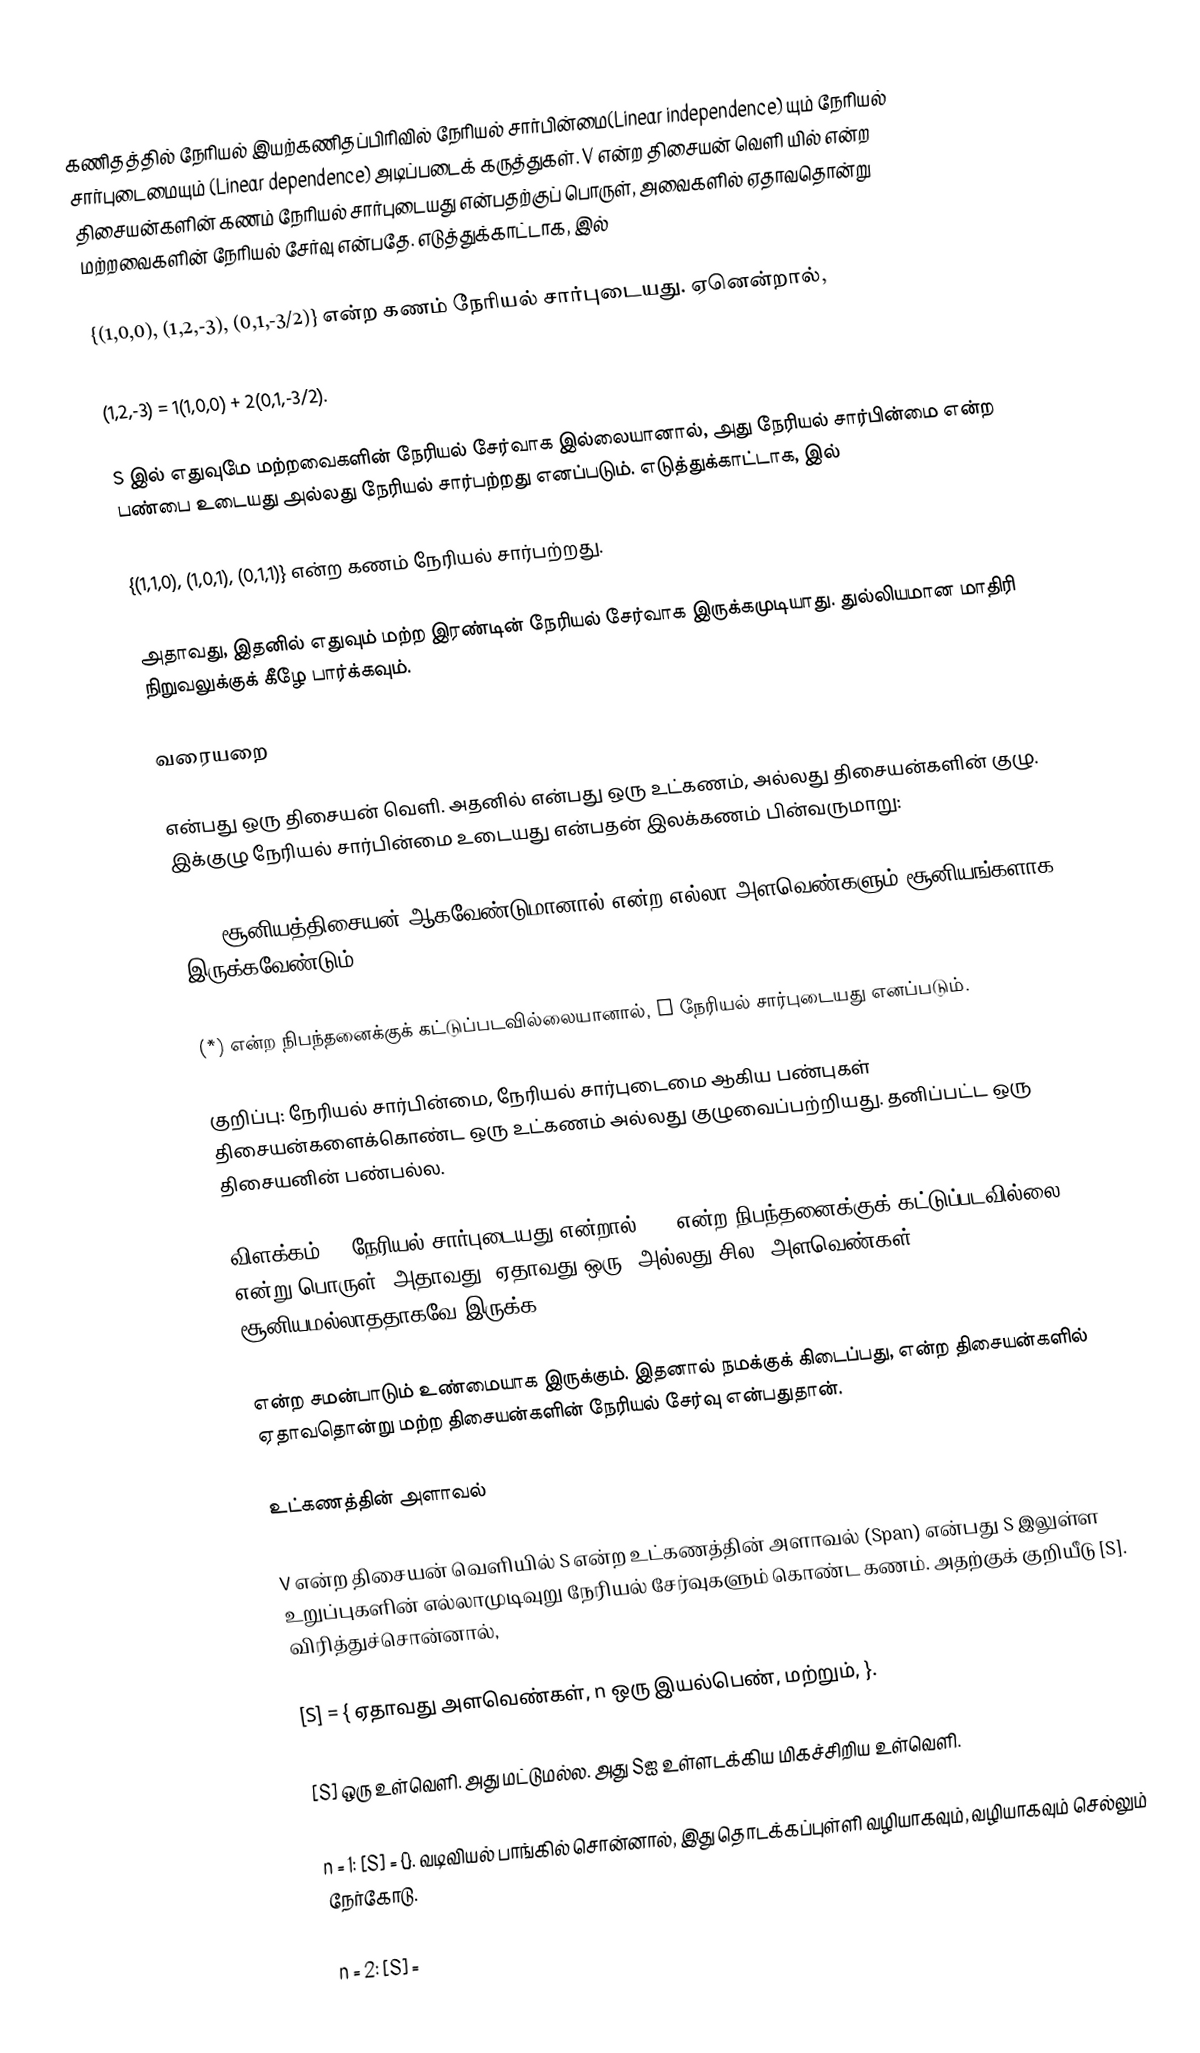
கணிதத்தில் நேரியல் இயற்கணிதப்பிரிவில் நேரியல் சார்பின்மை(Linear independence) யும் நேரியல் சார்புடைமையும் (Linear dependence) அடிப்படைக் கருத்துகள். V என்ற திசையன் வெளி யில்  என்ற திசையன்களின் கணம் நேரியல் சார்புடையது என்பதற்குப் பொருள், அவைகளில் ஏதாவதொன்று மற்றவைகளின் நேரியல் சேர்வு என்பதே. எடுத்துக்காட்டாக,  இல்

{(1,0,0), (1,2,-3), (0,1,-3/2)} என்ற கணம் நேரியல் சார்புடையது. ஏனென்றால்,

(1,2,-3) = 1(1,0,0) + 2(0,1,-3/2).

S இல் எதுவுமே மற்றவைகளின் நேரியல் சேர்வாக இல்லையானால், அது நேரியல் சார்பின்மை என்ற பண்பை உடையது  அல்லது நேரியல் சார்பற்றது எனப்படும். எடுத்துக்காட்டாக,  இல்

{(1,1,0), (1,0,1), (0,1,1)} என்ற கணம் நேரியல் சார்பற்றது.

அதாவது, இதனில் எதுவும் மற்ற இரண்டின் நேரியல் சேர்வாக இருக்கமுடியாது. துல்லியமான மாதிரி நிறுவலுக்குக் கீழே பார்க்கவும்.

வரையறை

 என்பது ஒரு திசையன் வெளி. அதனில்   என்பது ஒரு உட்கணம், அல்லது திசையன்களின் குழு. இக்குழு நேரியல் சார்பின்மை உடையது என்பதன் இலக்கணம் பின்வருமாறு:

(*): சூனியத்திசையன் ஆகவேண்டுமானால்    என்ற எல்லா அளவெண்களும்  சூனியங்களாக இருக்கவேண்டும்.

(*) என்ற நிபந்தனைக்குக் கட்டுப்படவில்லையானால், S நேரியல் சார்புடையது எனப்படும்.

குறிப்பு: நேரியல் சார்பின்மை, நேரியல் சார்புடைமை ஆகிய பண்புகள்  திசையன்களைக்கொண்ட ஒரு உட்கணம் அல்லது குழுவைப்பற்றியது. தனிப்பட்ட ஒரு திசையனின் பண்பல்ல.

விளக்கம்: S நேரியல் சார்புடையது என்றால் (*) என்ற நிபந்தனைக்குக் கட்டுப்படவில்லை என்று பொருள். அதாவது, ஏதாவது ஒரு, அல்லது சில, அளவெண்கள்   சூனியமல்லாததாகவே  இருக்க,

என்ற சமன்பாடும் உண்மையாக இருக்கும். இதனால் நமக்குக் கிடைப்பது,   என்ற திசையன்களில் ஏதாவதொன்று மற்ற திசையன்களின் நேரியல் சேர்வு என்பதுதான்.

உட்கணத்தின் அளாவல்

V என்ற திசையன் வெளியில் S என்ற உட்கணத்தின் அளாவல்  (Span) என்பது S இலுள்ள உறுப்புகளின் எல்லாமுடிவுறு நேரியல் சேர்வுகளும் கொண்ட கணம். அதற்குக் குறியீடு [S]. விரித்துச்சொன்னால்,

[S] = { ஏதாவது அளவெண்கள்,  n ஒரு இயல்பெண், மற்றும், }.

[S] ஒரு உள்வெளி. அது மட்டுமல்ல. அது   Sஐ உள்ளடக்கிய மிகச்சிறிய உள்வெளி.

n = 1:  [S] = {}. வடிவியல் பாங்கில் சொன்னால், இது தொடக்கப்புள்ளி வழியாகவும்,  வழியாகவும் செல்லும் நேர்கோடு.

n = 2:  [S] =